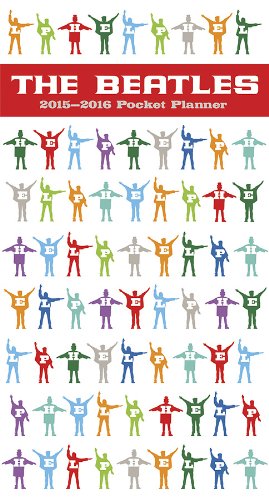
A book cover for The Beatles 2015-2016 Pocket Planner; Trends International; Calendars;